Civil Veterinary Department. Madras. Admin. report 1926-33 - 1926-1933
Year: 1926
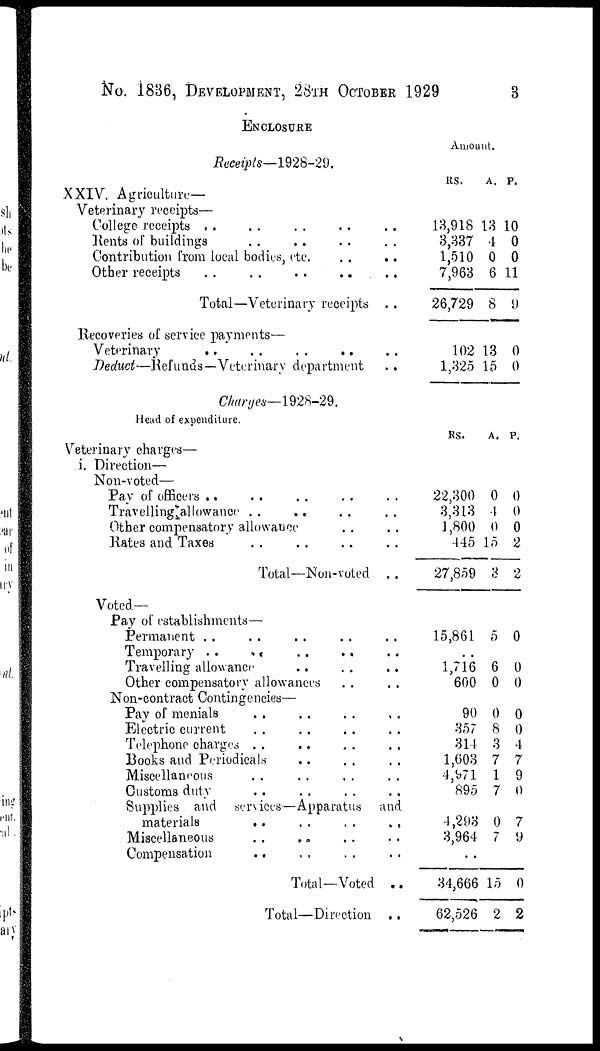
No. 1836, DEVELOPMENT, 28TH OCTOBER 1929
3
ENCLOSURE
Receipts—1928-29.
XXIV. Agriculture—
Veterinary receipts—
College receipts .. .. .. ..
Rents of buildings .. .. .. ..
Contribution from local bodies, etc. .. ..
Other receipts .. .. .. .. ..
Total—Veterinary receipts ..
Recoveries of service payments—
Deduct—Refunds—Veterinary department ..
Amount.
RS.
13,918
3,337
1,510
7,963
26,729
102
1,325
A.
13
4
0
6
8
13
15
P.
10
0
0
11
9
0
0
Charges—1928-29.
Head of expenditure.
Veterinary charges—
i. Direction—
Non-voted—
Pay of officers .. .. .. ..
Travelling allowance .. .. .. ..
Other compensatory allowance .. .. .. ..
Rates and Taxes .. .. .. ..
Total—Non-voted ..
RS.
22,300
3,313
1,800
445
27,859
A.
0
4
0
15
3
P.
0
0
0
2
2
Voted—
Pay of establishments—
Permanent .. .. .. .. ..
Temporary .. .. .. .. ..
Other compensatory allowances .. ..
Non-contract Contingencies—
Pay of menials .. .. .. .. ..
Electric current .. .. .. ..
Telephone charges .. .. .. ..
Books and Periodicals .. .. .. ..
Miscellaneous .. .. .. ..
Customs duty .. .. .. ..
Supplies and services—Apparatus and
materials .. .. .. .. ..
Miscellaneous .. .. .. ..
Compensation .. .. .. ..
Total—Voted ..
Total—Direction ..
15,861
..
1,716
600
90
357
314
1,603
4,971
895
4,293
3,964
34,666
62,526
5
6
0
0
8
3
7
1
7
0
7
15
2
0
0
0
0
0
4
7
9
0
7
9
0
2